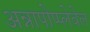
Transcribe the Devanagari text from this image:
अन्नापोप्प्लेवेल